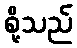
စို့သည်